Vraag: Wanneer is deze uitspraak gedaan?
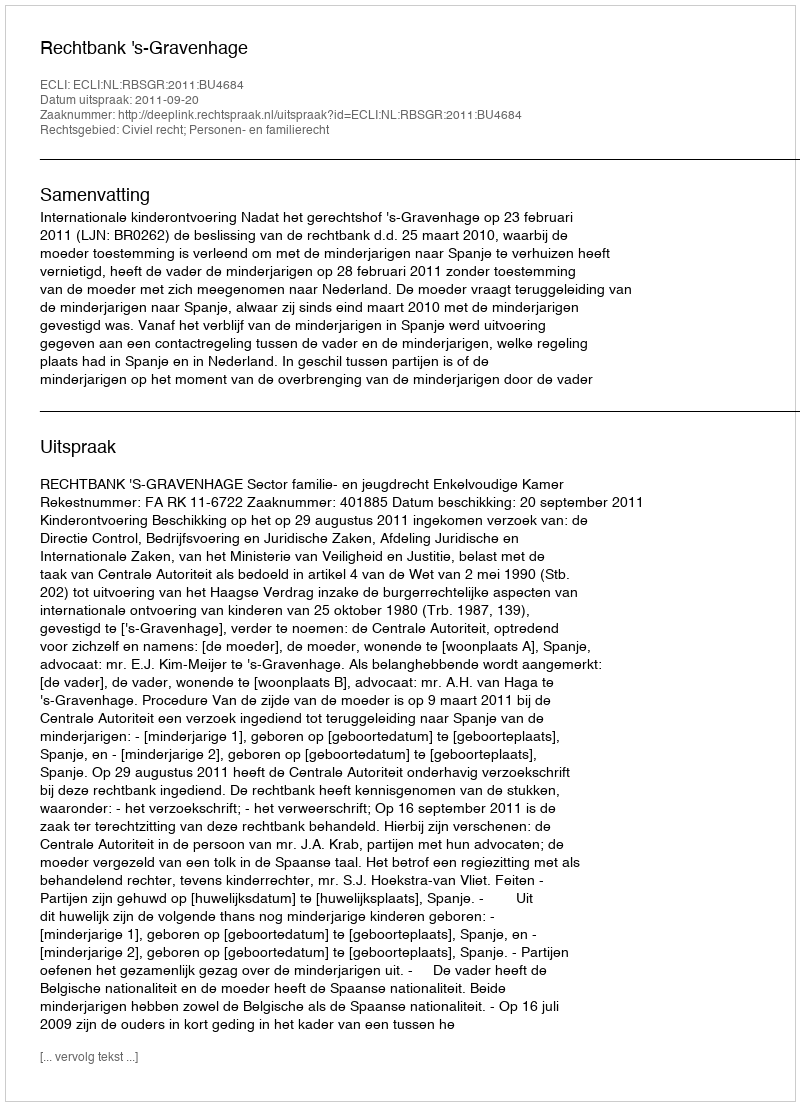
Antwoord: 2011-09-20